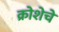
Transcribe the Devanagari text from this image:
क्रोशेचे